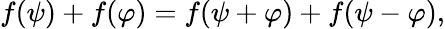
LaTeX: f(\psi)+f(\varphi)=f(\psi+\varphi)+f(\psi-\varphi),